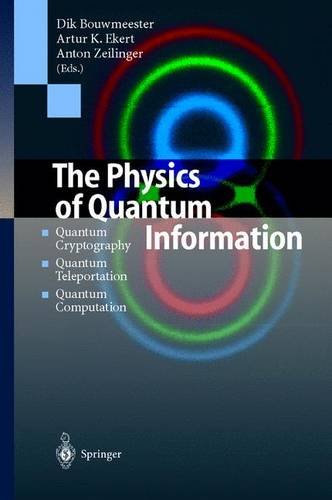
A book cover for The Physics of Quantum Information: Quantum Cryptography, Quantum Teleportation, Quantum Computation; Computers & Technology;